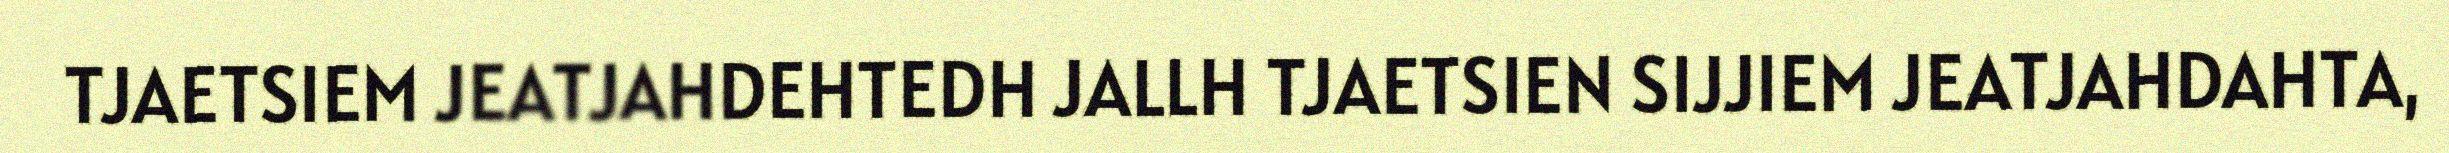
TJAETSIEM JEATJAHDEHTEDH JALLH TJAETSIEN SIJJIEM JEATJAHDAHTA,